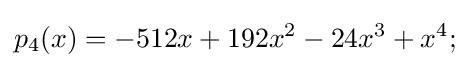
p_{4}(x)=-512x+192x^{2}-24x^{3}+x^{4};